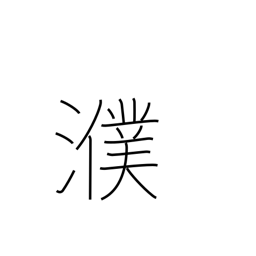
Meaning: name of Chinese river